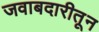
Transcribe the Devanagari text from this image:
जवाबदारीतून